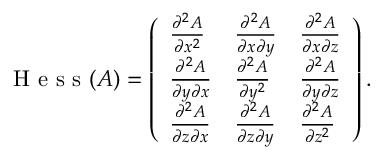
\textrm { H e s s } ( A ) = \left( \begin{array} { l l l } { \frac { \partial ^ { 2 } A } { \partial x ^ { 2 } } } & { \frac { \partial ^ { 2 } A } { \partial x \partial y } } & { \frac { \partial ^ { 2 } A } { \partial x \partial z } } \\ { \frac { \partial ^ { 2 } A } { \partial y \partial x } } & { \frac { \partial ^ { 2 } A } { \partial y ^ { 2 } } } & { \frac { \partial ^ { 2 } A } { \partial y \partial z } } \\ { \frac { \partial ^ { 2 } A } { \partial z \partial x } } & { \frac { \partial ^ { 2 } A } { \partial z \partial y } } & { \frac { \partial ^ { 2 } A } { \partial z ^ { 2 } } } \end{array} \right) .